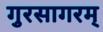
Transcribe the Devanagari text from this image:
गुरसागरम्